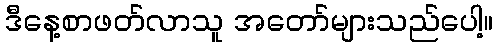
ဒီနေ့စာဖတ်လာသူ အတော်များသည်ပေါ့။